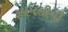
રૂપમતીની